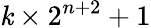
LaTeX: \mathit{k}\times2^{n+2}+1